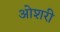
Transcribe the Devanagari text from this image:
ओशरी